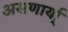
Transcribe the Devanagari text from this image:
असणार्या्